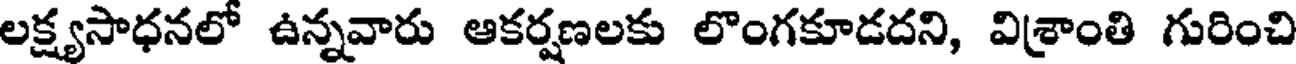
లక్ష్యసాధనలో ఉన్నవారు ఆకర్షణలకు లొంగకూడదని, విశ్రాంతి గురించి